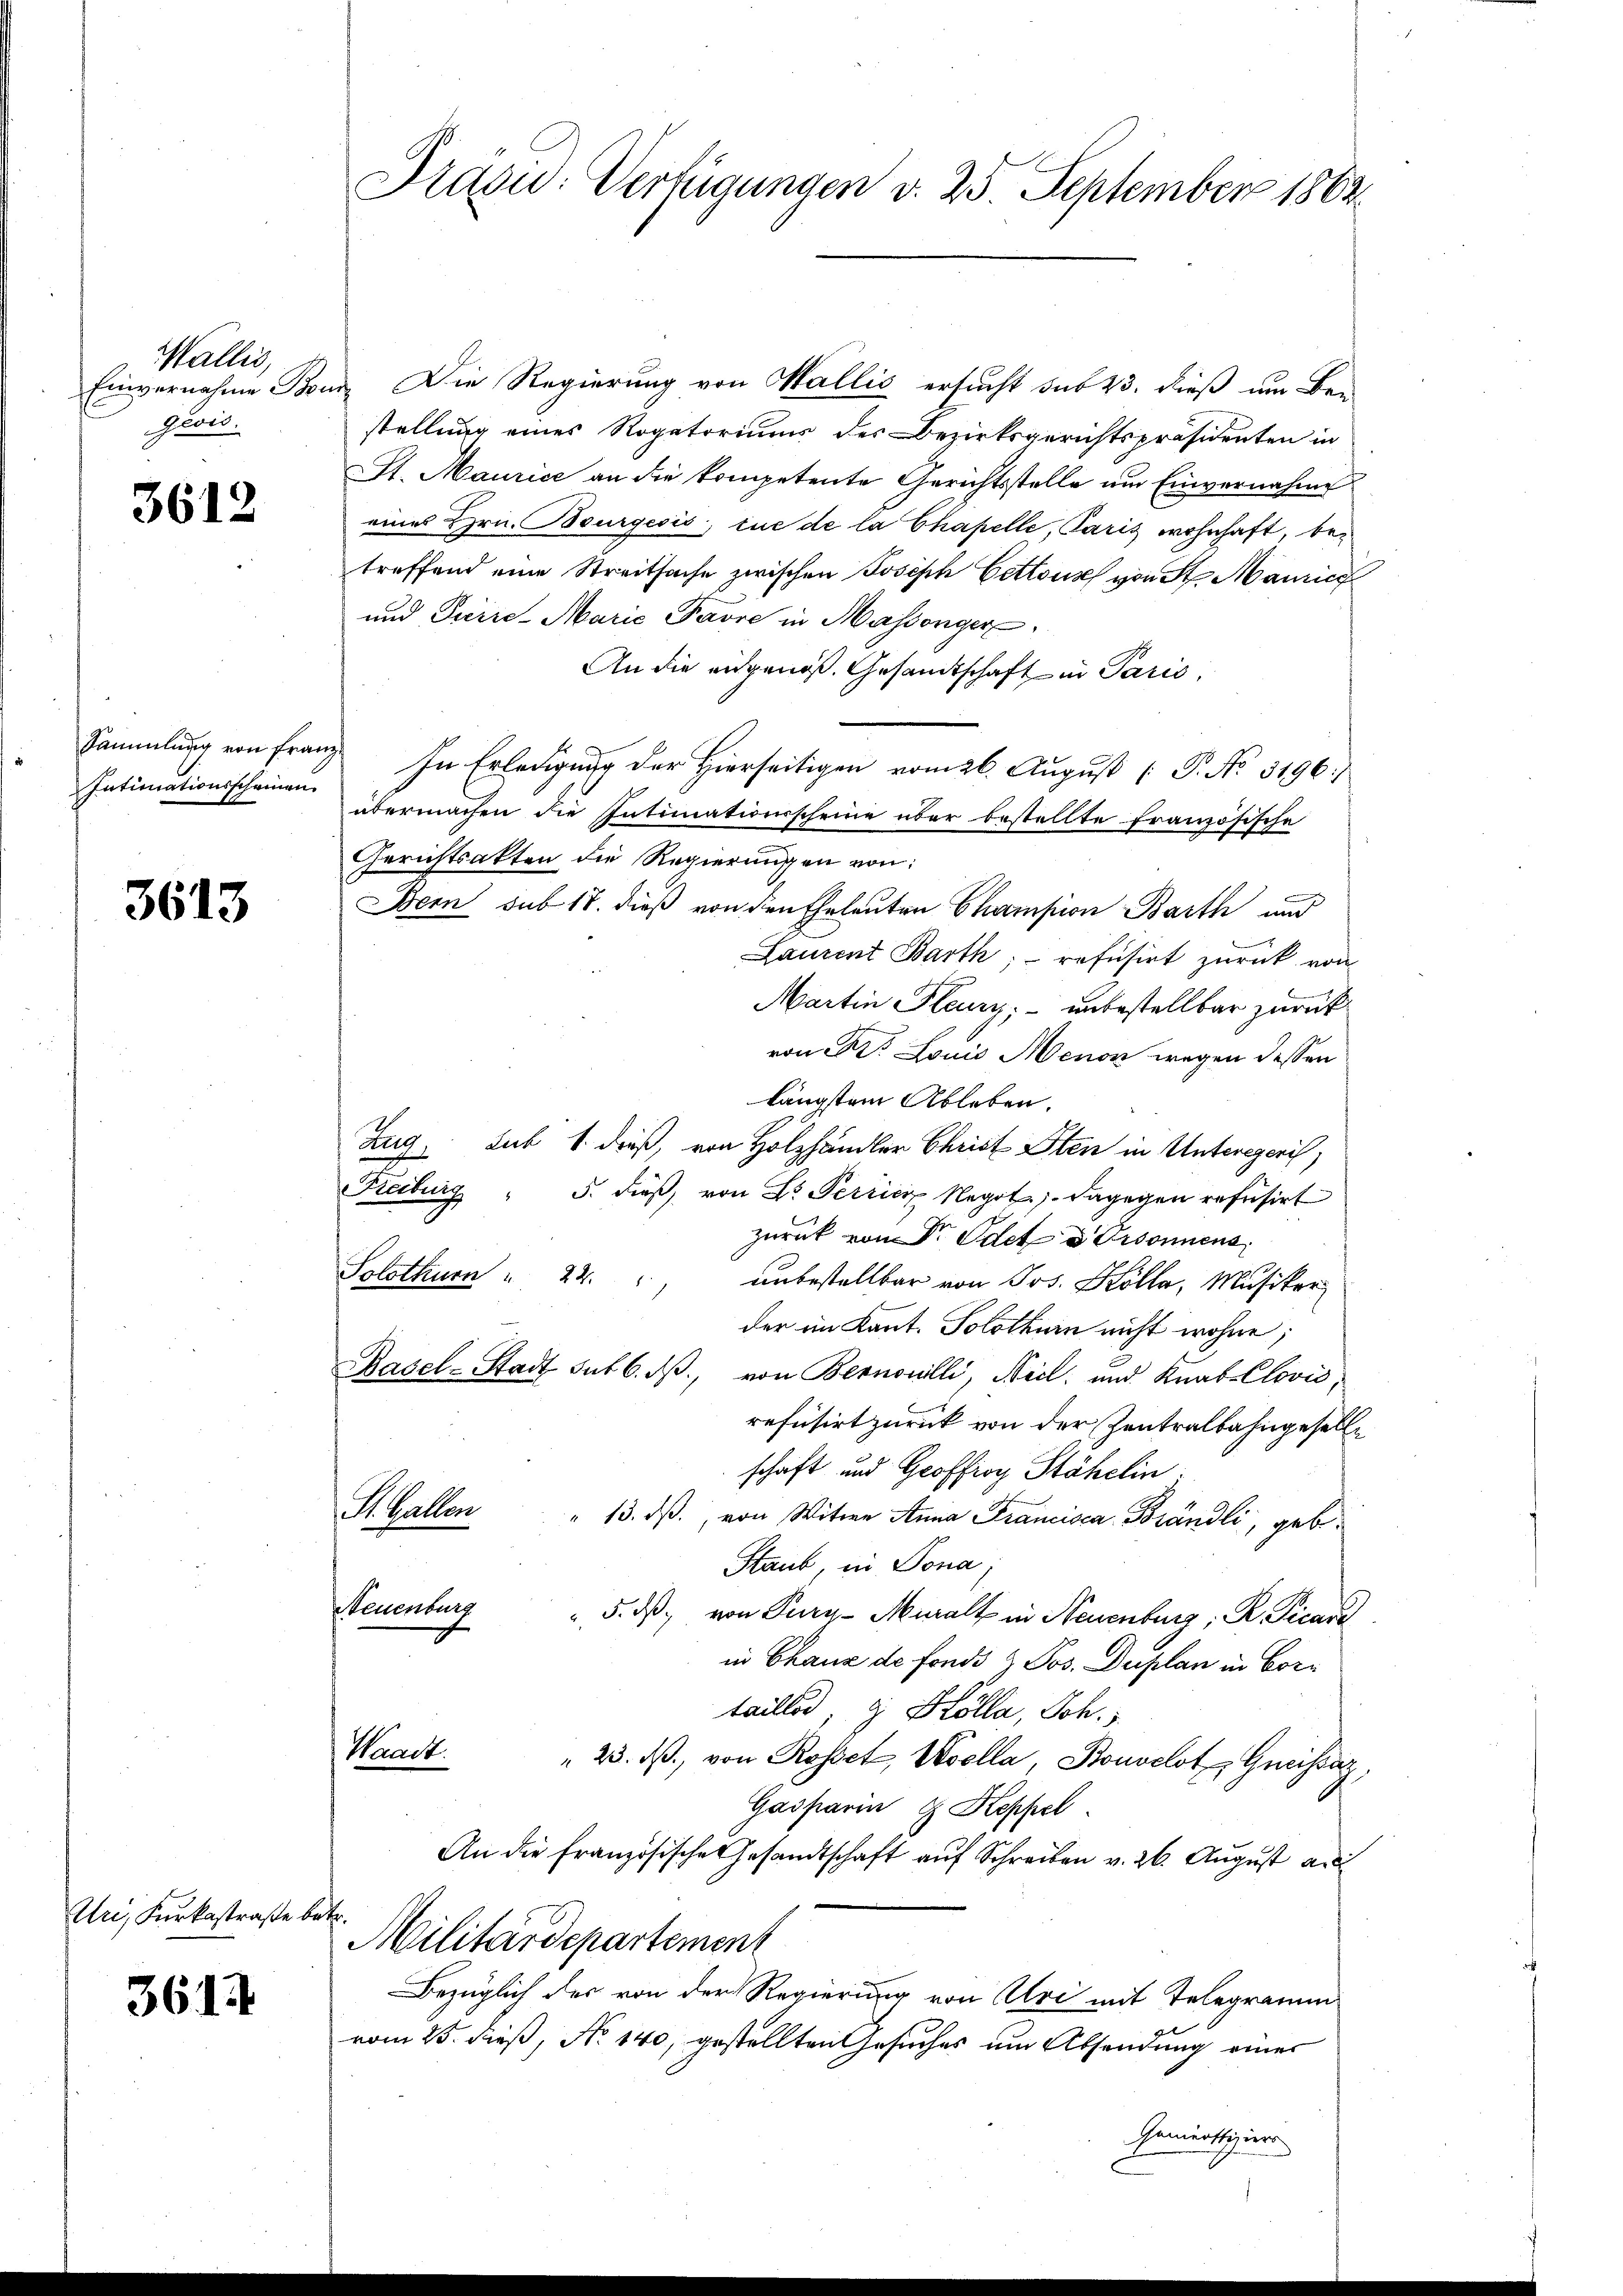
Wallis,
Einvernahme Bei
Guoll.

3612

Intimationsscheinen

3613

n Kerkestraße be

3612

u. Die Regierung von Wallis ersucht sub 23. dieß um Be-
stellung eines Rogatoriums des Bezirksgerichtspräsidenten in
St. Maurice an die kompetente Gerichtsstelle um Einvernahme
eines Hrn. Bourgesis, tue de la Chapelle, Paris wohnhaft, betreffend eine Streitsache zwischen Joseph Cetteur von St. Maurich
und Ferie-Marie Pavre in Massenger
An die eidgenoß. Gesandtschaft in Paris,
Sammlung von Franz In Erledigung der Hierseitigen vom 26. August [ P. No. 3196:
übermachen die Intimationsscheine über bestellte Französische
Gerichtsakten die Regierungen von
Bern sub 18. dieß von den Eheleuten Champion Barth und
Laurent Barth; – refusirt zurück von
Martin Heury, – unbestellbar zurück
von Dr. Louis Menon wegen dessen
längstem Ableben.
Zug, sub 1. dieß, von Holzhändler Christ Sten in Unteregeris
Keiburg " 5. dieß, von Dr. Perricz Negot. Dagegen refusirt
zurück von Dr. Odet u Ordonnens
Solothurn " 22.
unbestellbar von Jos. Kölla, Musiker
der im Kant. Solothurn nicht wohne;
Basel-Stadt sub 6. ds., von Bernoulli, Nicl. und Knab-Clović,
refüsirt zurück von der Zentralbahngeselle
schaft und Geoffroy Stähelin.
R. Galler
" 13. ds., von Witwe Anna Francisca Brändli, gebe¬
Staub, in Tona,
Neuenburg
" 5. ds von Purg-Muralt in Neuenburg, K. Vicare
in Chaux de fonds & Jos. Duplan in Cortaillos, g Kölla, Joh.
Waadt.
" 23. ds., von Rosset, Woolla, Bonvelot Gnässaz,
Gasparin, 9 Kepfel
An die Französische Gesandtschaft aŭf Schreiben v. 26. August a
h
Militärdepartement
Bezüglich des von der Regierung von Uri mit Telegramm
vom 25. dieß, No 140, gestellten Gesuches um Absendung einer
Genierttiziere

Präsid: Verfügungen d. 25. September 1862